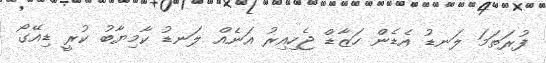
ފުރަތަމަ ލަނޑު އެޑެން ހަޒާޑް ޖެހިއިރު އަނެއް ލަނޑު ކާމިޔާބު ކުރީ ޑިއޭގޯ